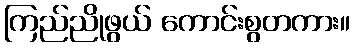
ကြည်ညိုဖွယ် ကောင်းစွတကား။